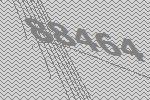
88464